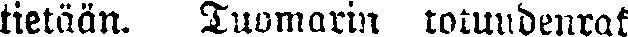
tietään. Tuomarin totuudenrak